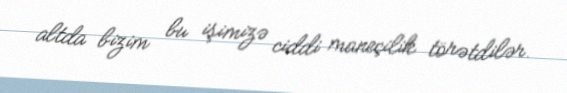
altda bizim bu işimizə ciddi maneçilik törətdilər.